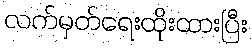
လက်မှတ်ရေးထိုးထားပြီး